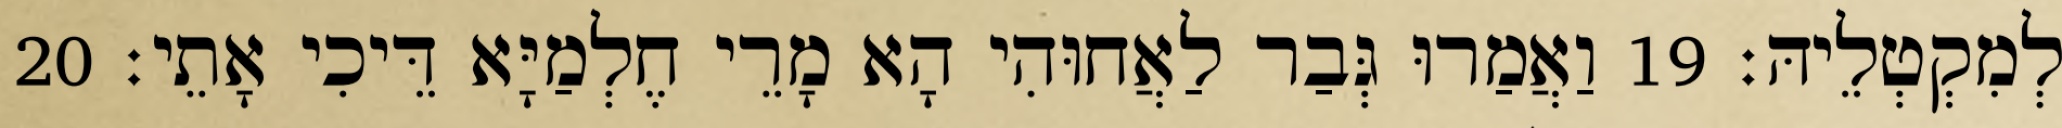
לְמִקְטְלֵיהּ׃ 19 וַאֲמַרוּ גְּבַר לַאֲחוּהִי הָא מָרֵי חֶלְמַיָּא דֵּיכִי אָתֵי׃ 20